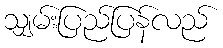
သျှမ်းပြည်ပြန်လည်